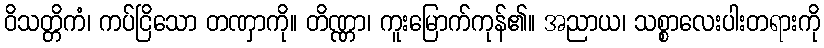
ဝိသတ္တိကံ၊ ကပ်ငြိသော တဏှာကို။ တိဏ္ဏာ၊ ကူးမြောက်ကုန်၏။ အညာယ၊ သစ္စာလေးပါးတရားကို